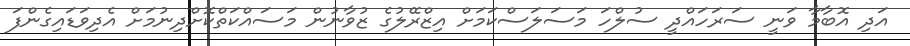
އަދި އޮބާމާ ވަނީ ސަރަހައްދީ ސުލްހަ މަސަލަސްކަމަށް އިޒްރޭލުގެ ޒުވާނުން މަސައްކަތްކޮށްދިނުމަށް އެދިވަޑައިގެންފަ